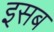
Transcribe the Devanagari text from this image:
इसब